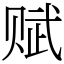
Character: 赋